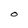
Character: O